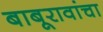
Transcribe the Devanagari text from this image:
बाबूरावांचा